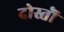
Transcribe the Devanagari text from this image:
दोस्तॊं